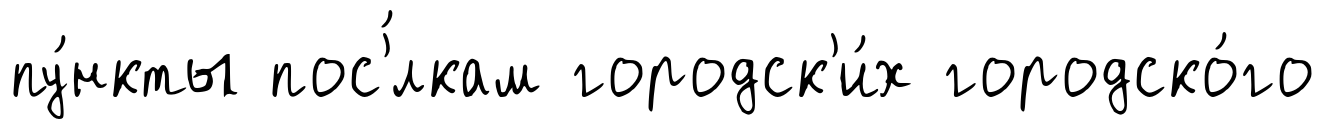
пу́нкты пос'́лкам городск'и́х городско́го